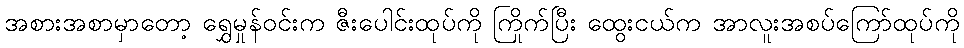
အစားအစာမှာတော့ ရွှေမှုန်ဝင်းက ဇီးပေါင်းထုပ်ကို ကြိုက်ပြီး ထွေးငယ်က အာလူးအစပ်ကြော်ထုပ်ကို